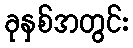
ခုနှစ်အတွင်း